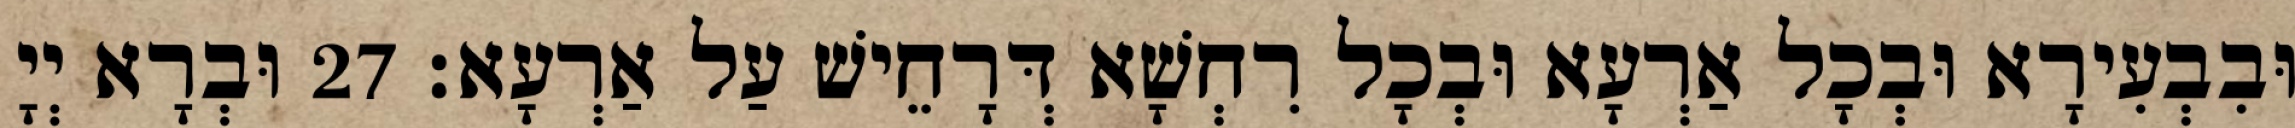
וּבִבְעִירָא וּבְכָל אַרְעָא וּבְכָל רִחְשָׁא דְּרָחֵישׁ עַל אַרְעָא׃ 27 וּבְרָא יְיָ